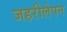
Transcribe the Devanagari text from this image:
जहरीलेपन